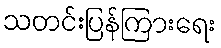
သတင်းပြန်ကြားရေး